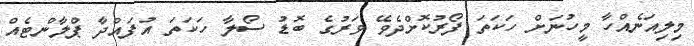
މިލިއަނެއްހާ މީހުނަށް ހަކަތަ ފޯރުކޮށްދެވޭ ވަރުގެ ބޮޑު ސޯލާ ހަކަތަ އުފައްދާ ޕްލާންޓެއް